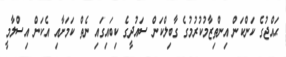
ޙައްޖުގެ ކަންކަން އިންތިޒާމުކުރުމުގެ ގާބިލްކަން ސައުދީގެ ކިބައިގައި ނެތް ކަމަށާއި އެކަން އިސްލާމީ